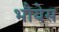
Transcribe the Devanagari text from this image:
भौयेस